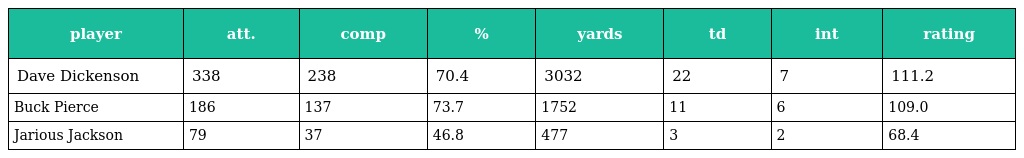
| player | att. | comp | % | yards | td | int | rating |
 | --- | --- | --- | --- | --- | --- | --- | --- |
 | Dave Dickenson | 338 | 238 | 70.4 | 3032 | 22 | 7 | 111.2 |
 | Buck Pierce | 186 | 137 | 73.7 | 1752 | 11 | 6 | 109.0 |
 | Jarious Jackson | 79 | 37 | 46.8 | 477 | 3 | 2 | 68.4 |